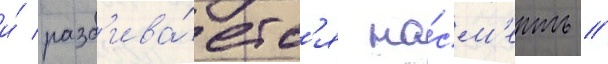
и́ разб'ива́етс'я на́см'ерть //